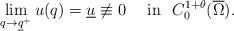
LaTeX: \begin{align*}\lim_{q\rightarrow\underline{q}^{+}}u(q)=\underline{u}\not \equiv0\quad\mbox{ in }\ C_{0}^{1+\theta}(\overline{\Omega}).\end{align*}